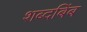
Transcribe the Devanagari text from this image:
शब्दबिंब